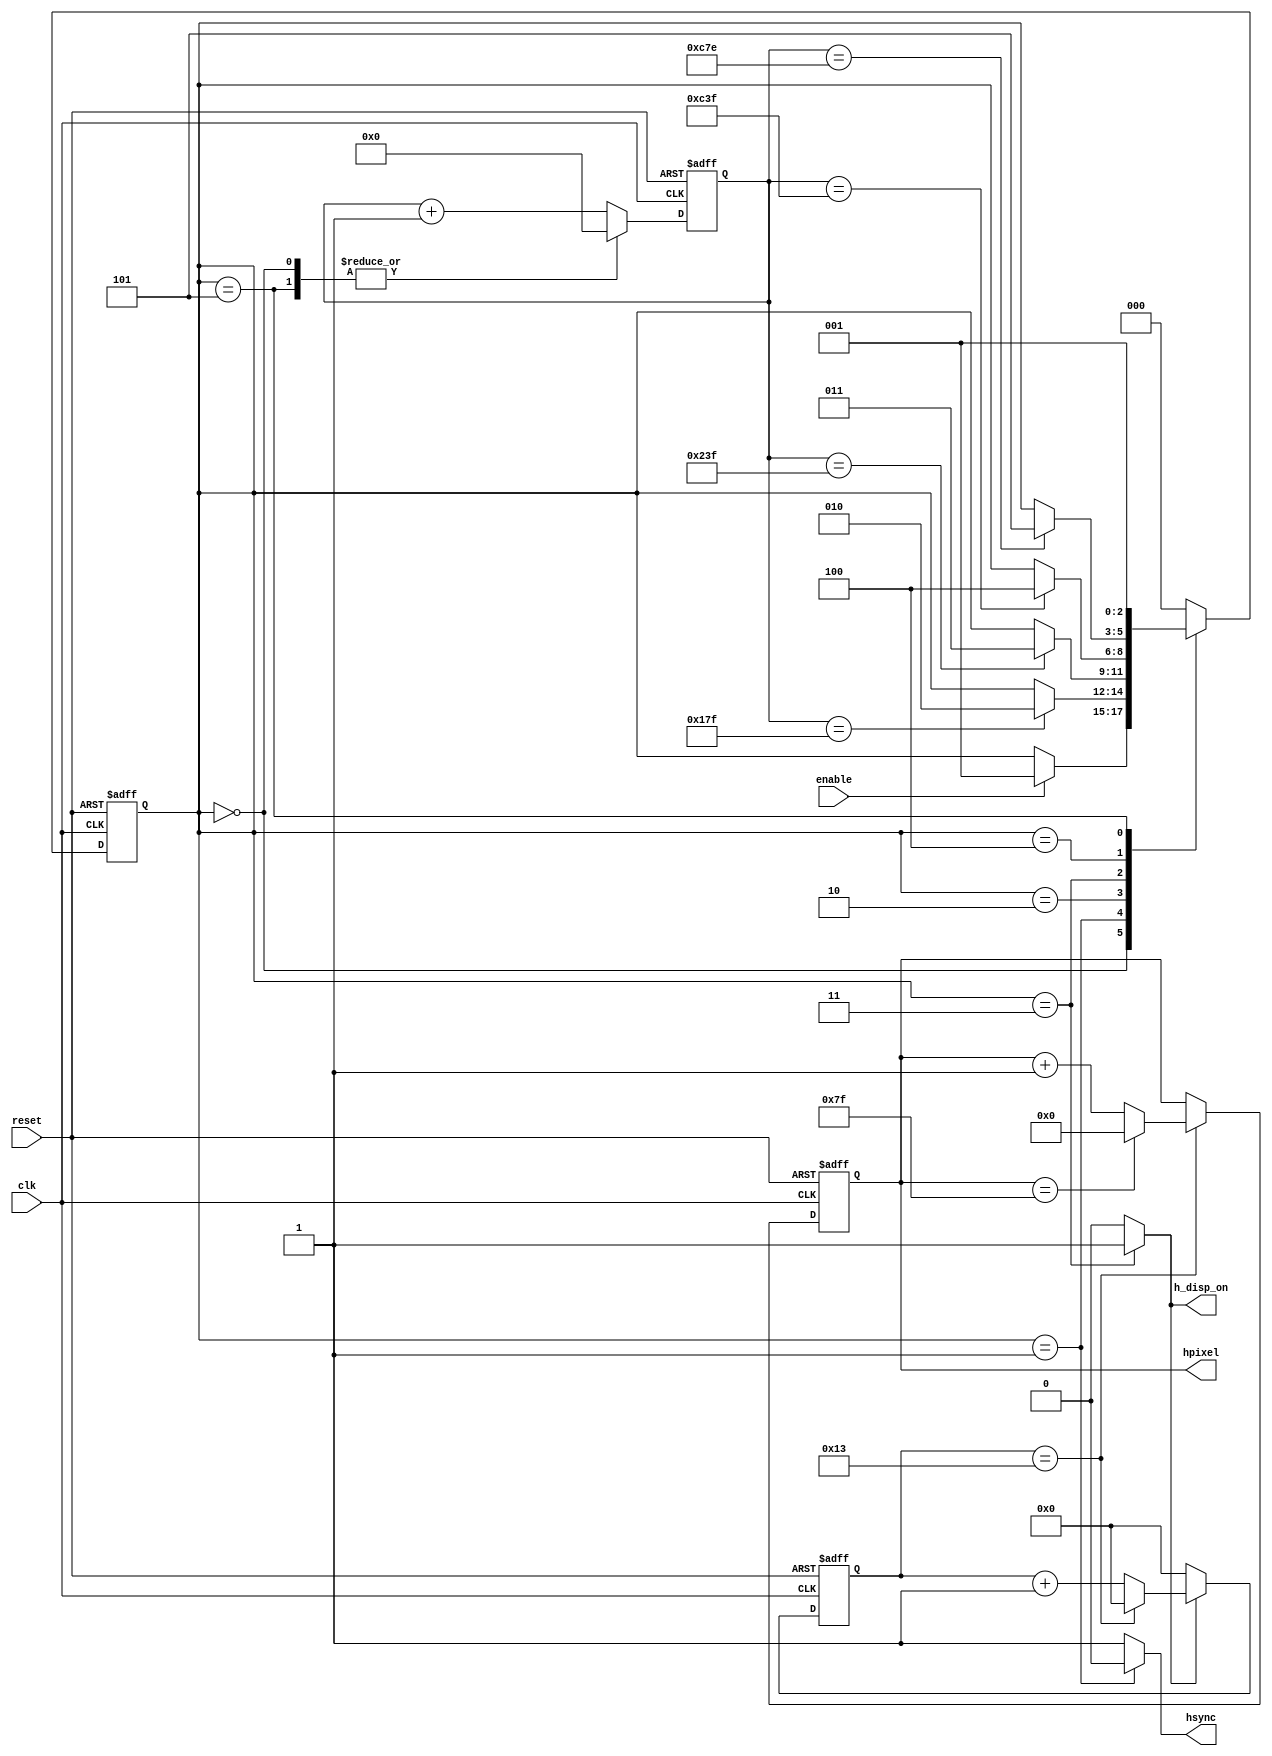
//part B
module HSYNC_synchroniser(clk, reset, enable, hsync, hpixel, h_disp_on);
input clk, reset, enable;
output reg hsync;
output reg [6:0] hpixel;

reg [2:0] current_state, next_state;
reg [11:0] counter;
reg [4:0] pixel_counter;
reg counter_enable, enable_pixels;

output reg h_disp_on;

parameter off_state = 3'b000,       //parametropoiisi ton states gia eukolotoeri katanoisi
            width_pulse = 4'b001,
            back_porch = 4'b010,
            display_time = 4'b011,
            front_porch = 4'b100,
            counter_reset = 4'b101;

//module poy allazei katastasi stin FSM
always @(posedge clk or posedge reset)
begin
    if(reset)
        current_state <= off_state;
    else
        current_state <= next_state;
end

always @(current_state or enable or counter)
begin
    next_state = current_state;     // arxikopoiisis gia apofigi latches
    hsync = 1;
    counter_enable = 1;
    enable_pixels = 0;   
    h_disp_on = 0;


    case (current_state)
        off_state: 
        begin
            counter_enable = 0;
            if(enable == 1)
                next_state = width_pulse;
            else
                next_state = current_state;
        end

        width_pulse:
        begin
            hsync = 0;          
            if(counter == 12'd383)      //prepei na to allazo ena piso dioti oi register pairnoun ena clk gia na allajoun timi
                next_state = back_porch;
            else
                next_state = current_state;
        end

        back_porch:
        begin
            hsync = 1;
            if(counter == 12'd575)      //pali -1
                next_state = display_time;
            else
                next_state = current_state;
        end

        display_time:
        begin
            h_disp_on = 1;
            enable_pixels = 1;
            //counter_enable = 0;
            if(counter == 12'd3135)     // pali -1
                next_state = front_porch;
            else
                next_state = current_state;
        end

        front_porch:
        begin
            if(counter == 12'd3198)     //-2 gt einai kai to counter reset apo kato 
                next_state = counter_reset;
            else
                next_state = current_state;
        end

        counter_reset:
        begin
            counter_enable = 0;
            next_state = width_pulse;
        end

        default:
        begin
            next_state = off_state; //ean mpei se default paei sto arxiko stadio
        end
    endcase
end

always @(posedge clk or posedge reset)      // counter 12 bits gia na metraei xrono
begin
    if(reset)
        counter <= 0;
    else
    begin
        if(counter_enable == 1)
            counter <= counter + 12'b1;
        else
            counter <= 0;
    end
end
/*couter pou metraei 20 periodoys diladi ena pixel kai meta kanei reset */
always @(posedge clk or posedge reset)  
begin
    if(reset)
        pixel_counter <= 0;
    else
    begin
        if(enable_pixels == 1)
            pixel_counter <= (pixel_counter == 5'd19) ? 0 : pixel_counter + 5'b1; 
        else
            pixel_counter <= 0;
    end
end

/*kathe fora poy erxetai o apo pano counter iso me 20, anevainei kata 1 diladi metraei tin thesi ton pixels*/
always @(posedge clk or posedge reset)
begin
    if(reset)
        hpixel <= 7'b0;
    else
    begin
        if(pixel_counter == 5'd19)
            hpixel <= (hpixel == 7'd127) ? 0 : hpixel + 7'b1;
    end
end            
            
endmodule